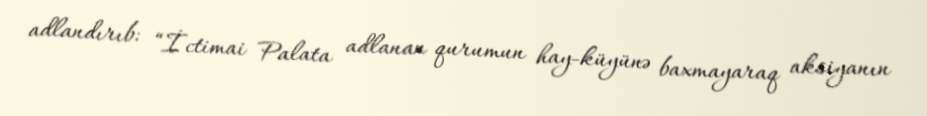
adlandırıb: “İctimai Palata adlanan qurumun hay-küyünə baxmayaraq aksiyanın